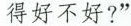
得好不好？“